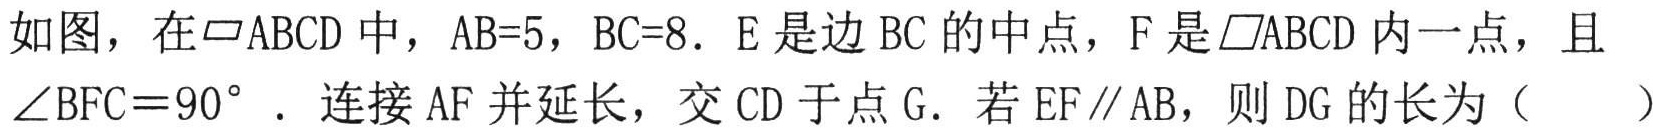
如图，在\(\square ABCD\)中，\(AB = 5\)，\(BC = 8\)．\(E\)是边\(BC\)的中点，\(F\)是\(\square ABCD\)内一点，且\(\angle BFC = 90^{\circ}\) ．连接\(AF\)并延长，交\(CD\)于点\(G\)．若\(EF\parallel AB\)，则\(DG\)的长为（  ）